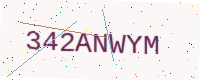
Text: 342ANWYM